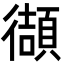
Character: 𫹧